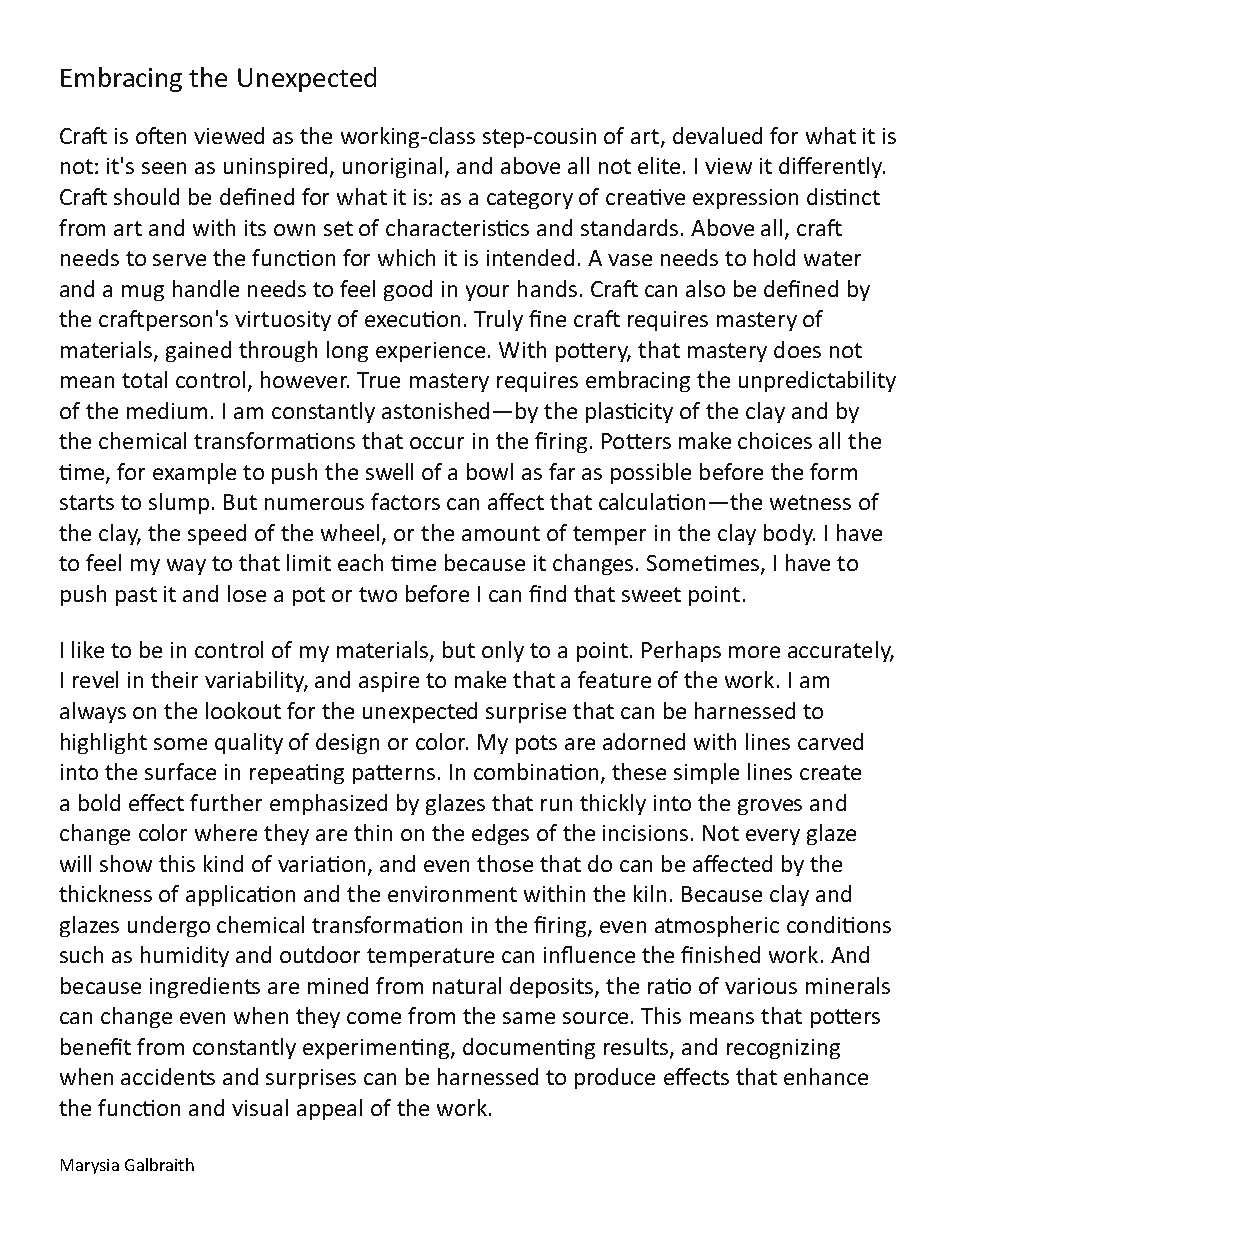
Embracing the Unexpected
 Cra is oen viewed as the working-class step-cousin of art, devalued for what it is
 not: it's seen as uninspired, unoriginal, and above all not elite. I view it differently.
 Cra should be defined for what it is: as a category of creave expression disnct
 from art and with its own set of characteriscs and standards. Above all, cra
 needs to serve the funcon for which it is intended. A vase needs to hold water
 and a mug handle needs to feel good in your hands. Cra can also be defined by
 the craperson's virtuosity of execuon. Truly fine cra requires mastery of
 materials, gained through long experience. With poery, that mastery does not
 mean total control, however. True mastery requires embracing the unpredictability
 of the medium. I am constantly astonished—by the plascity of the clay and by
 the chemical transformaons that occur in the firing. Poers make choices all the
 me, for example to push the swell of a bowl as far as possible before the form
 starts to slump. But numerous factors can affect that calculaon—the wetness of
 the clay, the speed of the wheel, or the amount of temper in the clay body. I have
 to feel my way to that limit each me because it changes. Somemes, I have to
 push past it and lose a pot or two before I can find that sweet point.
 I like to be in control of my materials, but only to a point. Perhaps more accurately,
 I revel in their variability, and aspire to make that a feature of the work. I am
 always on the lookout for the unexpected surprise that can be harnessed to
 highlight some quality of design or color. My pots are adorned with lines carved
 into the surface in repeang paerns. In combinaon, these simple lines create
 a bold effect further emphasized by glazes that run thickly into the groves and
 change color where they are thin on the edges of the incisions. Not every glaze
 will show this kind of variaon, and even those that do can be affected by the
 thickness of applicaon and the environment within the kiln. Because clay and
 glazes undergo chemical transformaon in the firing, even atmospheric condions
 such as humidity and outdoor temperature can influence the finished work. And
 because ingredients are mined from natural deposits, the rao of various minerals
 can change even when they come from the same source. This means that poers
 benefit from constantly experimenng, documenng results, and recognizing
 when accidents and surprises can be harnessed to produce effects that enhance
 the funcon and visual appeal of the work.
 Marysia Galbraith